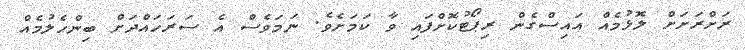
ރަށްރަށަށް ލޮޅުމެއް އައިސްގެން ރިޕޯޓުކޮށްފައި ވާ ކަމަށެވެ. ނަމަވެސް އެ ސަރަހައްދަށް ބިންހެލުމެއް